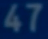
47